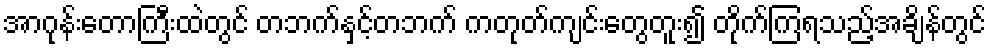
အာဂုန်းတောကြီးထဲတွင် တဘက်နှင့်တဘက် ကတုတ်ကျင်းတွေတူး၍ တိုက်ကြရသည့်အချိန်တွင်